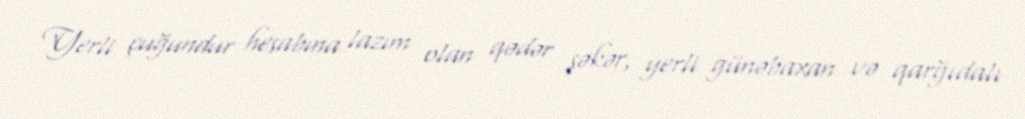
Yerli çuğundur hesabına lazım olan qədər şəkər, yerli günəbaxan və qarğıdalı